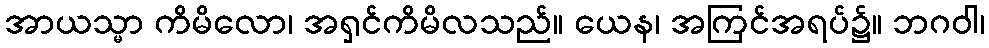
အာယသ္မာ ကိမိလော၊ အရှင်ကိမိလသည်။ ယေန၊ အကြင်အရပ်၌။ ဘဂဝါ၊